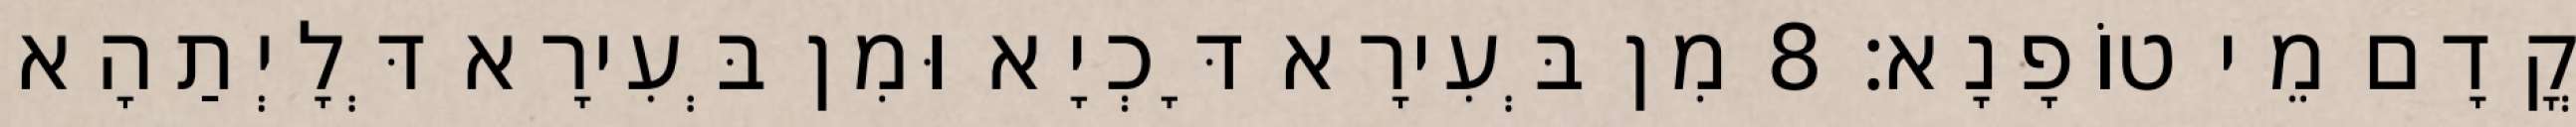
קֳדָם מֵי טוֹפָנָא׃ 8 מִן בְּעִירָא דָּכְיָא וּמִן בְּעִירָא דְּלָיְתַהָא